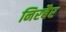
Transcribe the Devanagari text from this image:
निरबैर